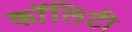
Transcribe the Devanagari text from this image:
कॉलिटी